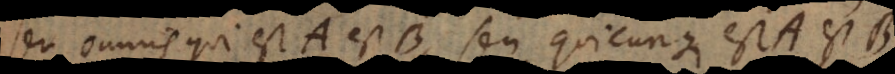
seu omnis qui est A est B, seu quicunque est A est B